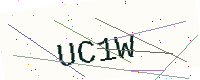
Text: UC1W